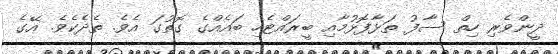
ދީންވެރި ހިތް ސާފު ތަޅާފޮޅުމާއި ބީރައްޓެހި ބައެއްގެ ގޮތުގަ އެވެ. ތެދެކެވެ. އޭގެ